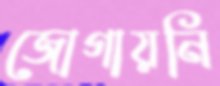
জোগায়নি